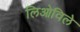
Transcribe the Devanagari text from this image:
लिओविले